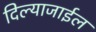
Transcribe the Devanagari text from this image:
दिल्याजाईल